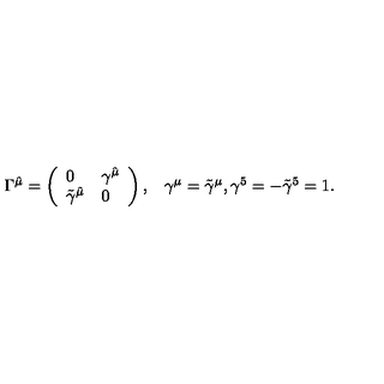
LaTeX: \begin{array} { c c c } { \Gamma ^ { \hat { \mu } } = \left( \begin{array} { l l } { 0 } & { \gamma ^ { \hat { \mu } } } \\ { \tilde { \gamma } ^ { \hat { \mu } } } & { 0 } \\ \end{array} \right) , } & { \gamma ^ { \mu } = \tilde { \gamma } ^ { \mu } , \gamma ^ { 5 } = - \tilde { \gamma } ^ { 5 } = 1 . } \\ \end{array}